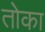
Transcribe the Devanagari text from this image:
तोका